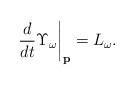
LaTeX: \begin{align*}\left.\frac{d}{dt}\Upsilon_\omega\right|_{\bf p} = L_\omega.\end{align*}